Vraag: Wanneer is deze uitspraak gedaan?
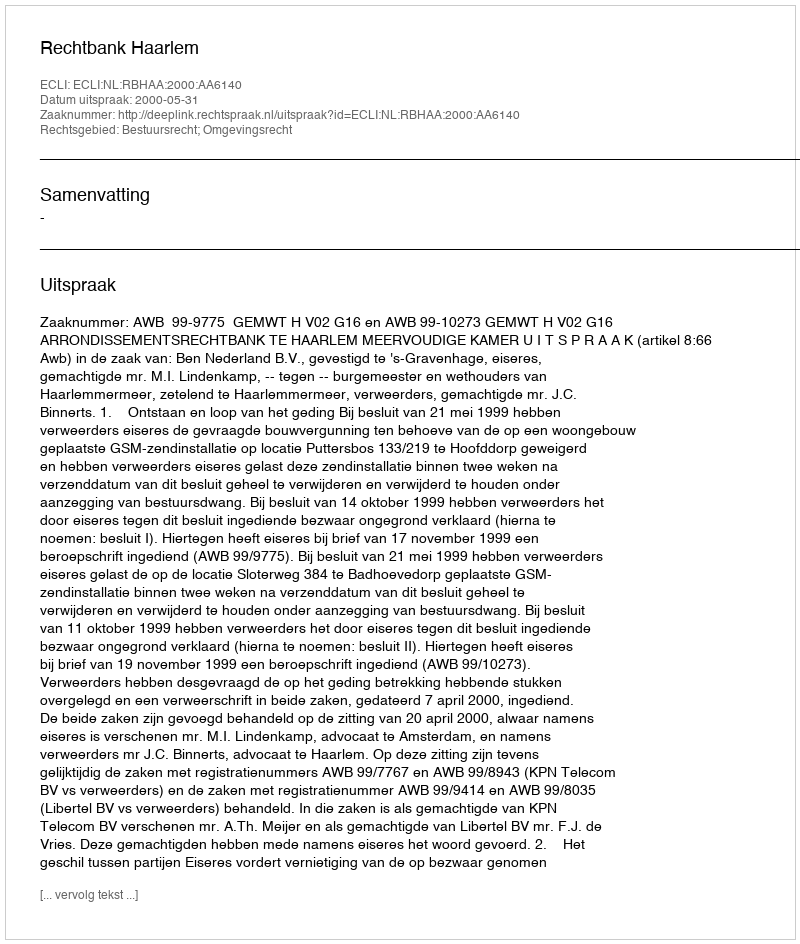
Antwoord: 2000-05-31